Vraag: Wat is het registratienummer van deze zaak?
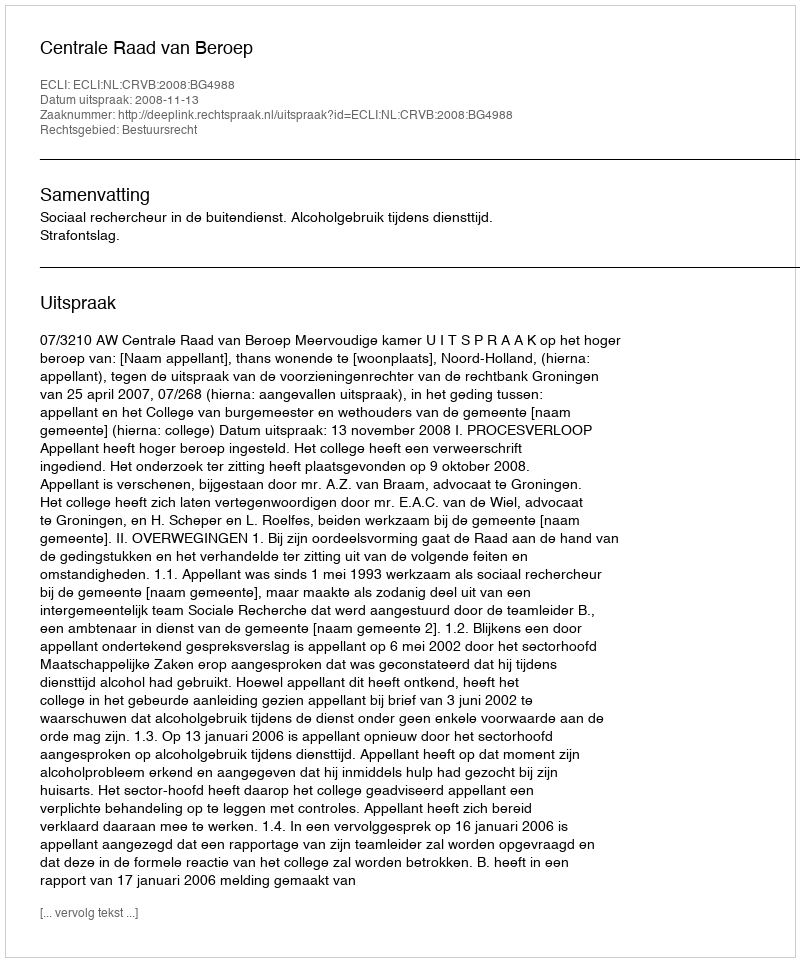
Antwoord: http://deeplink.rechtspraak.nl/uitspraak?id=ECLI:NL:CRVB:2008:BG4988